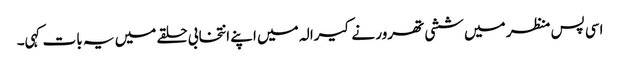
اسی پس منظر میں ششی تھرور نے کیرالہ میں اپنے انتخابی حلقے میں یہ بات کہی۔